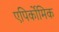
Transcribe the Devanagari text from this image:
एपिर्कोमिक